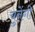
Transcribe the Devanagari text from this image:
चुनेंगी